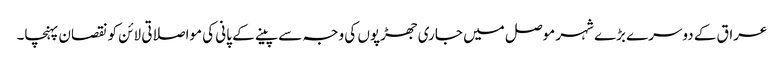
عراق کے دوسرے بڑے شہر موصل میں جاری جھڑپوں کی وجہ سے پینے کے پانی کی مواصلاتی لائن کو نقصان پہنچا۔